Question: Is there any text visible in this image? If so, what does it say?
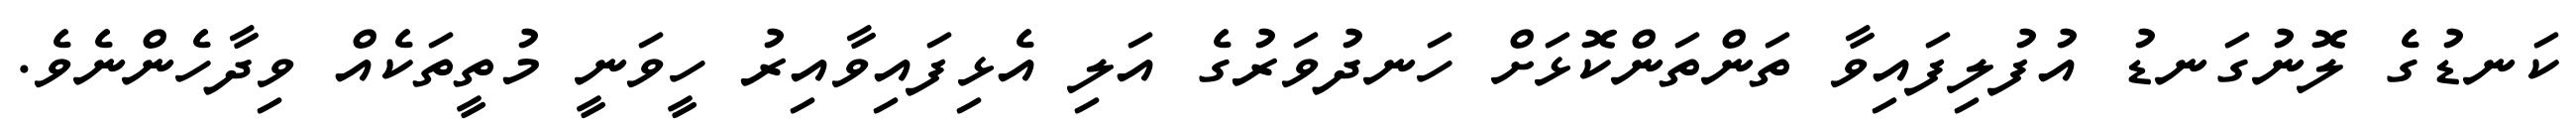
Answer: ކަނޑުގެ ލޮނުގަނޑު އުފުލިފައިވާ ތަންތަންކޮޅަށް ހަނދުވަރުގެ އަލި އެޅިފައިވާއިރު ހީވަނީ މުތީތަކެއް ވިދާހެންނެވެ.